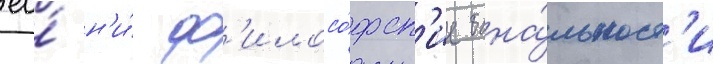
ео́ н'и́ ф'илосо́фск'ие бана́льност'и